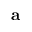
\textbf { a }